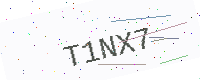
Text: T1NX7